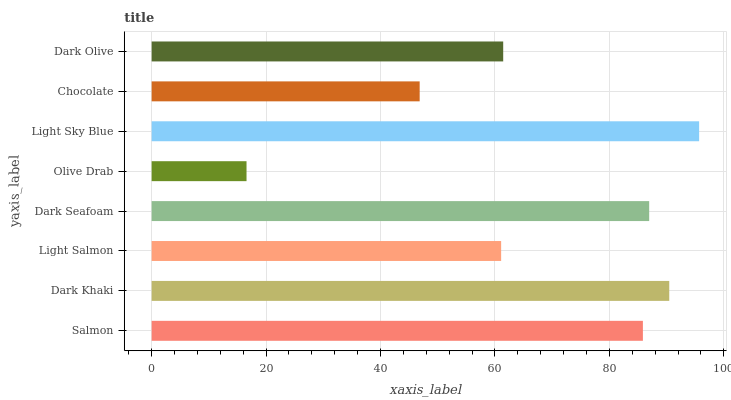
| yaxis_label | bars |
 | --- | --- |
 | Salmon | 85.9 |
 | Dark Khaki | 90.5 |
 | Light Salmon | 61.1 |
 | Dark Seafoam | 86.9 |
 | Olive Drab | 16.6 |
 | Light Sky Blue | 95.7 |
 | Chocolate | 46.8 |
 | Dark Olive | 61.4 |